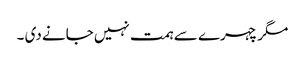
مگر چہرے سے ہمت نہیں جانے دی ۔